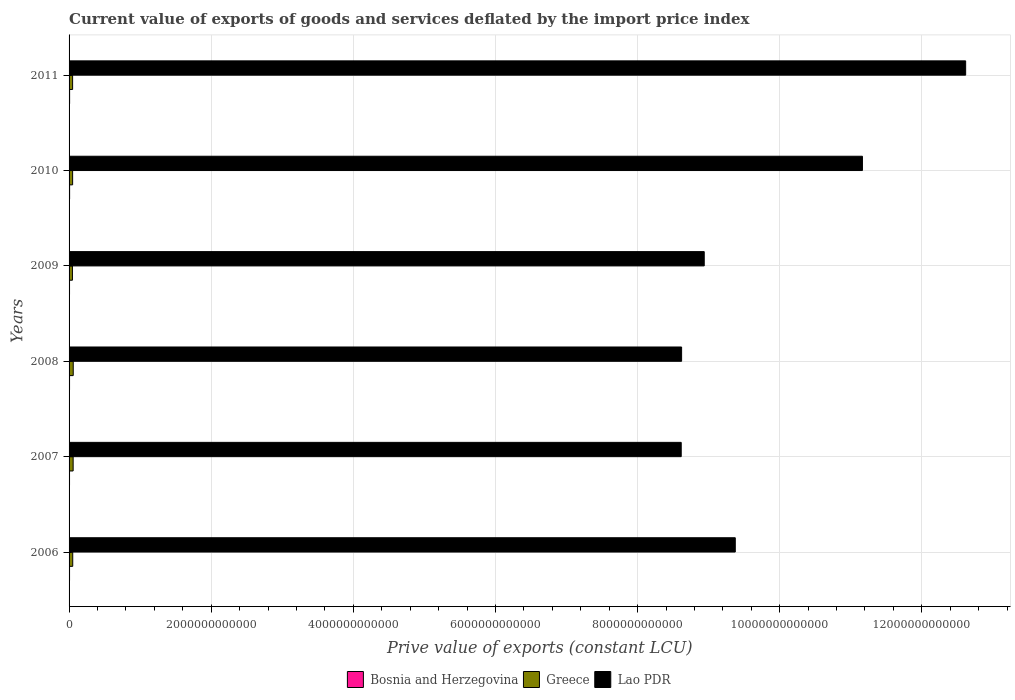
| Years | Bosnia and Herzegovina | Greece | Lao PDR |
 | --- | --- | --- | --- |
 | 2006 | 6.66e+09 | 5.16e+10 | 9.37e+12 |
 | 2007 | 6.46e+09 | 5.73e+10 | 8.61e+12 |
 | 2008 | 6.71e+09 | 5.86e+10 | 8.62e+12 |
 | 2009 | 6.51e+09 | 4.75e+10 | 8.94e+12 |
 | 2010 | 7.53e+09 | 5e+10 | 1.12e+13 |
 | 2011 | 7.68e+09 | 4.97e+10 | 1.26e+13 |